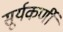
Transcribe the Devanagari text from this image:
सूर्यकर्णी